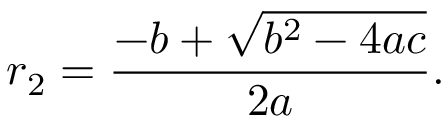
r _ { 2 } = { \frac { - b + { \sqrt { b ^ { 2 } - 4 a c } } } { 2 a } } .